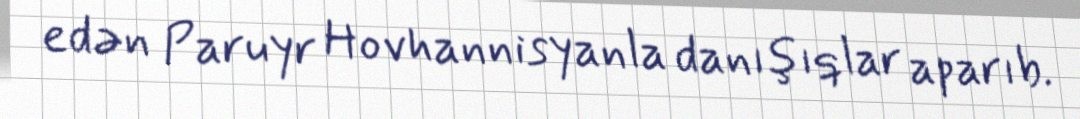
edən Paruyr Hovhannisyanla danışıqlar aparıb.